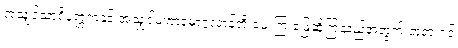
အသျှင်သာရိပုတ္တရာနှင့် အသျှင်မဟာမောဂ္ဂလာန်တို့ မေးကြ ဖြေဆိုကြသည့်အတွက် ဘုရားရှင်